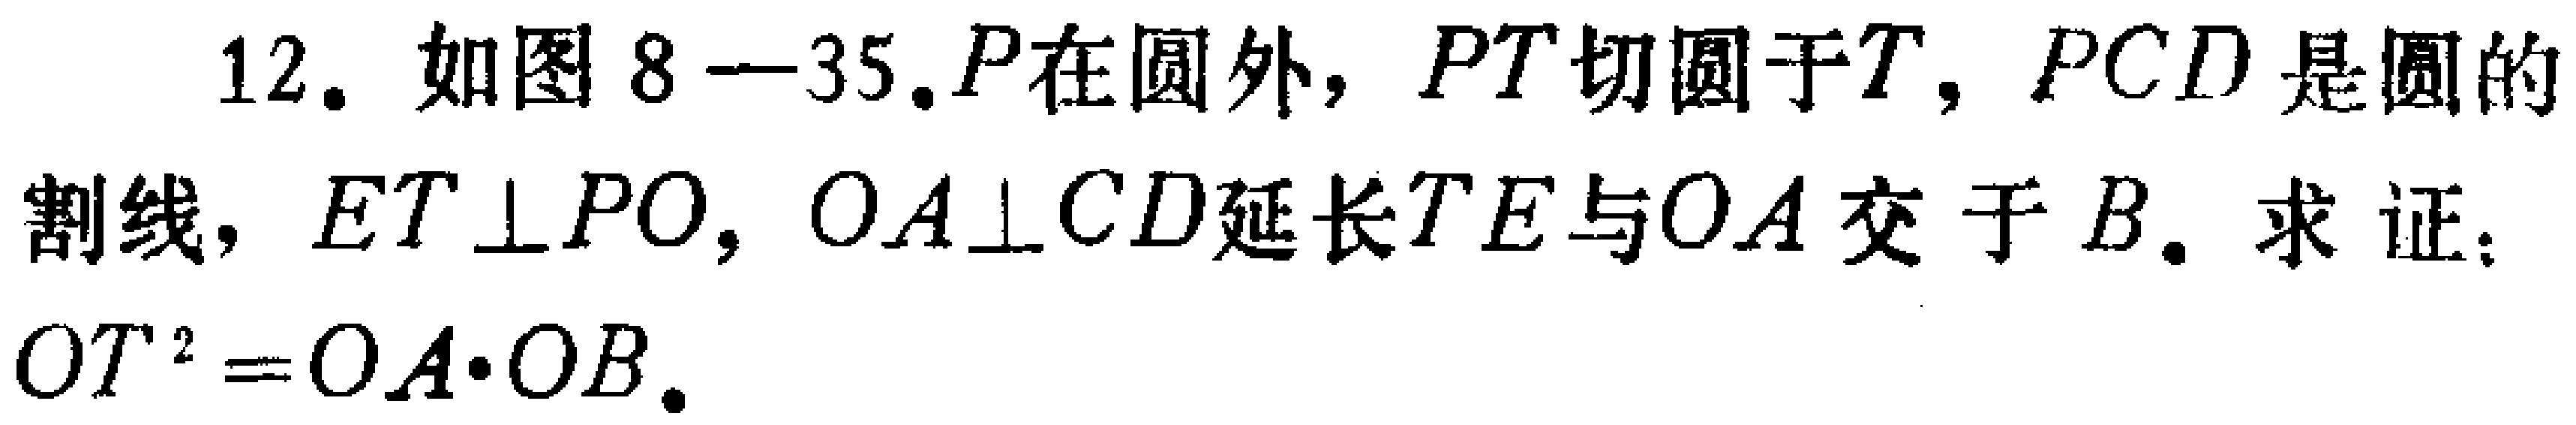
12. 如图8—35.$P$在圆外，$PT$切圆于$T$，$PCD$是圆的割线，$ET\perp PO$，$OA\perp CD$延长$TE$与$OA$交于$B$. 求证：

$OT^{2}=OA\cdot OB$.